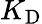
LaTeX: K_{\mathrm{D}}